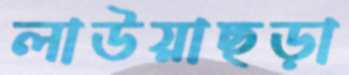
লাউয়াছড়া